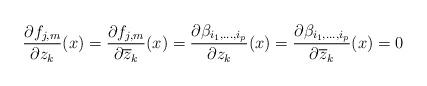
LaTeX: \begin{align*} \frac{\partial f_{j,m}}{\partial z_k} (x) = \frac{\partial f_{j,m}}{\partial \overline{z}_k} (x) = \frac{\partial \beta_{i_1, \dots , i_p}}{\partial z_k} (x) = \frac{\partial \beta_{i_1, \dots , i_p}}{\partial \overline{z}_k} (x) = 0\end{align*}